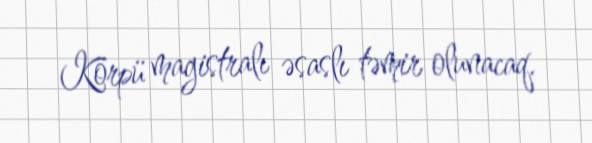
Körpü magistralı əsaslı təmir olunacaq.